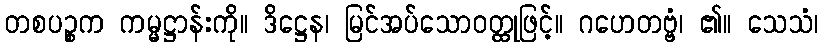
တစပဉ္စက ကမ္မဋ္ဌာန်းကို။ ဒိဋ္ဌေန၊ မြင်အပ်သောဝတ္ထုဖြင့်။ ဂဟေတဗ္ဗံ၊ ၏။ သေသံ၊